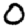
Digit: 0